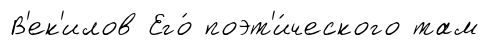
В'ек'илов Его́ поэт'и́ческого там